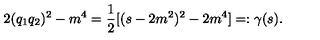
2 ( q _ { 1 } q _ { 2 } ) ^ { 2 } - m ^ { 4 } = \frac { 1 } { 2 } [ ( s - 2 m ^ { 2 } ) ^ { 2 } - 2 m ^ { 4 } ] = : \gamma ( s ) .